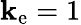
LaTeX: \mathbf{k}_{\mathrm{{e}}}=1